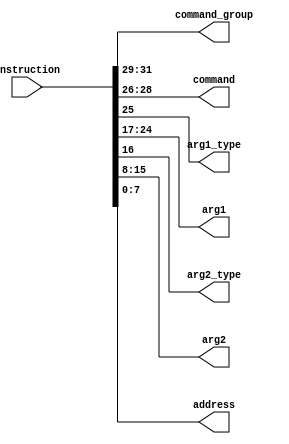
module instruction_splitter
(
	input wire [31:0] instruction,
	output wire [2:0] command_group,
	output wire [2:0] command,
	output wire arg1_type,
	output wire [7:0] arg1,
	output wire arg2_type,
	output wire [7:0] arg2,
	output wire [7:0] address
);

	assign command_group = instruction[31 -: 3];
	assign command = instruction[28 -: 3];
	assign arg1_type = instruction[25];
	assign arg1 = instruction[24 -: 8];
	assign arg2_type = instruction[16];
	assign arg2 = instruction[15 -: 8];
	assign address = instruction[7 -: 8];
	
endmodule